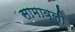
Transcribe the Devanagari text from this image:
सामावली